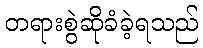
တရားစွဲဆိုခံခဲ့ရသည်